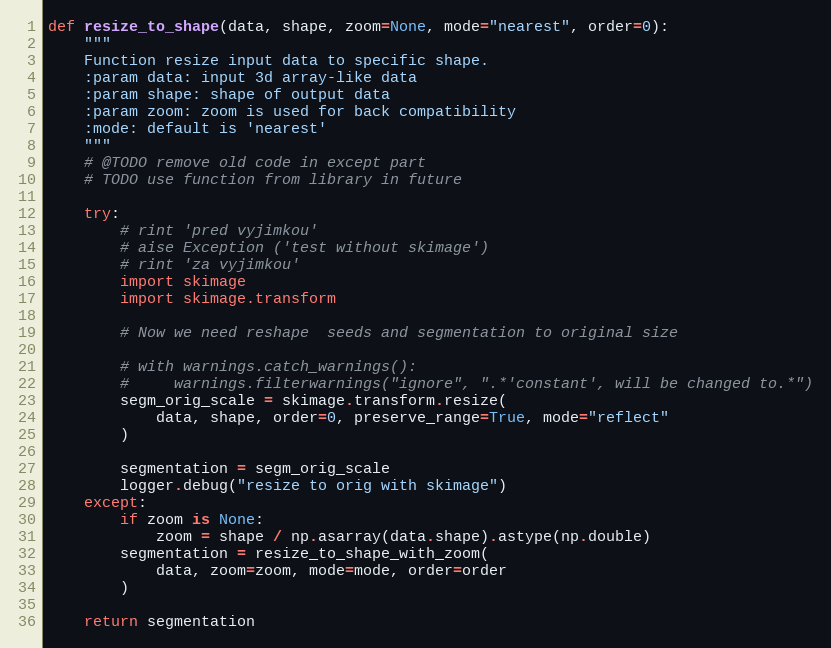
Language: Python
def resize_to_shape(data, shape, zoom=None, mode="nearest", order=0):
    """
    Function resize input data to specific shape.
    :param data: input 3d array-like data
    :param shape: shape of output data
    :param zoom: zoom is used for back compatibility
    :mode: default is 'nearest'
    """
    # @TODO remove old code in except part
    # TODO use function from library in future

    try:
        # rint 'pred vyjimkou'
        # aise Exception ('test without skimage')
        # rint 'za vyjimkou'
        import skimage
        import skimage.transform

        # Now we need reshape  seeds and segmentation to original size

        # with warnings.catch_warnings():
        #     warnings.filterwarnings("ignore", ".*'constant', will be changed to.*")
        segm_orig_scale = skimage.transform.resize(
            data, shape, order=0, preserve_range=True, mode="reflect"
        )

        segmentation = segm_orig_scale
        logger.debug("resize to orig with skimage")
    except:
        if zoom is None:
            zoom = shape / np.asarray(data.shape).astype(np.double)
        segmentation = resize_to_shape_with_zoom(
            data, zoom=zoom, mode=mode, order=order
        )

    return segmentation